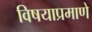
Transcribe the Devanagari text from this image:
विषयाप्रमाणे